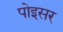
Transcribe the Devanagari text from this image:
पोइसर